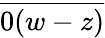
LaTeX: \overline{{0(w-z)}}